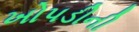
ખોપડીની